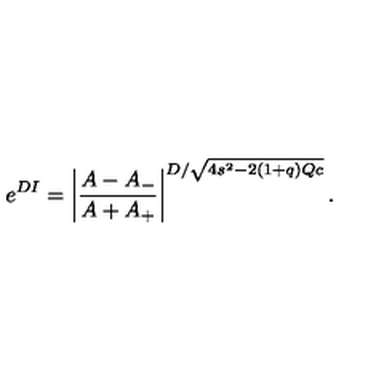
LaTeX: e ^ { D I } = \left| \frac { A - A _ { - } } { A + A _ { + } } \right| ^ { D / \sqrt { 4 s ^ { 2 } - 2 ( 1 + q ) Q c } } .